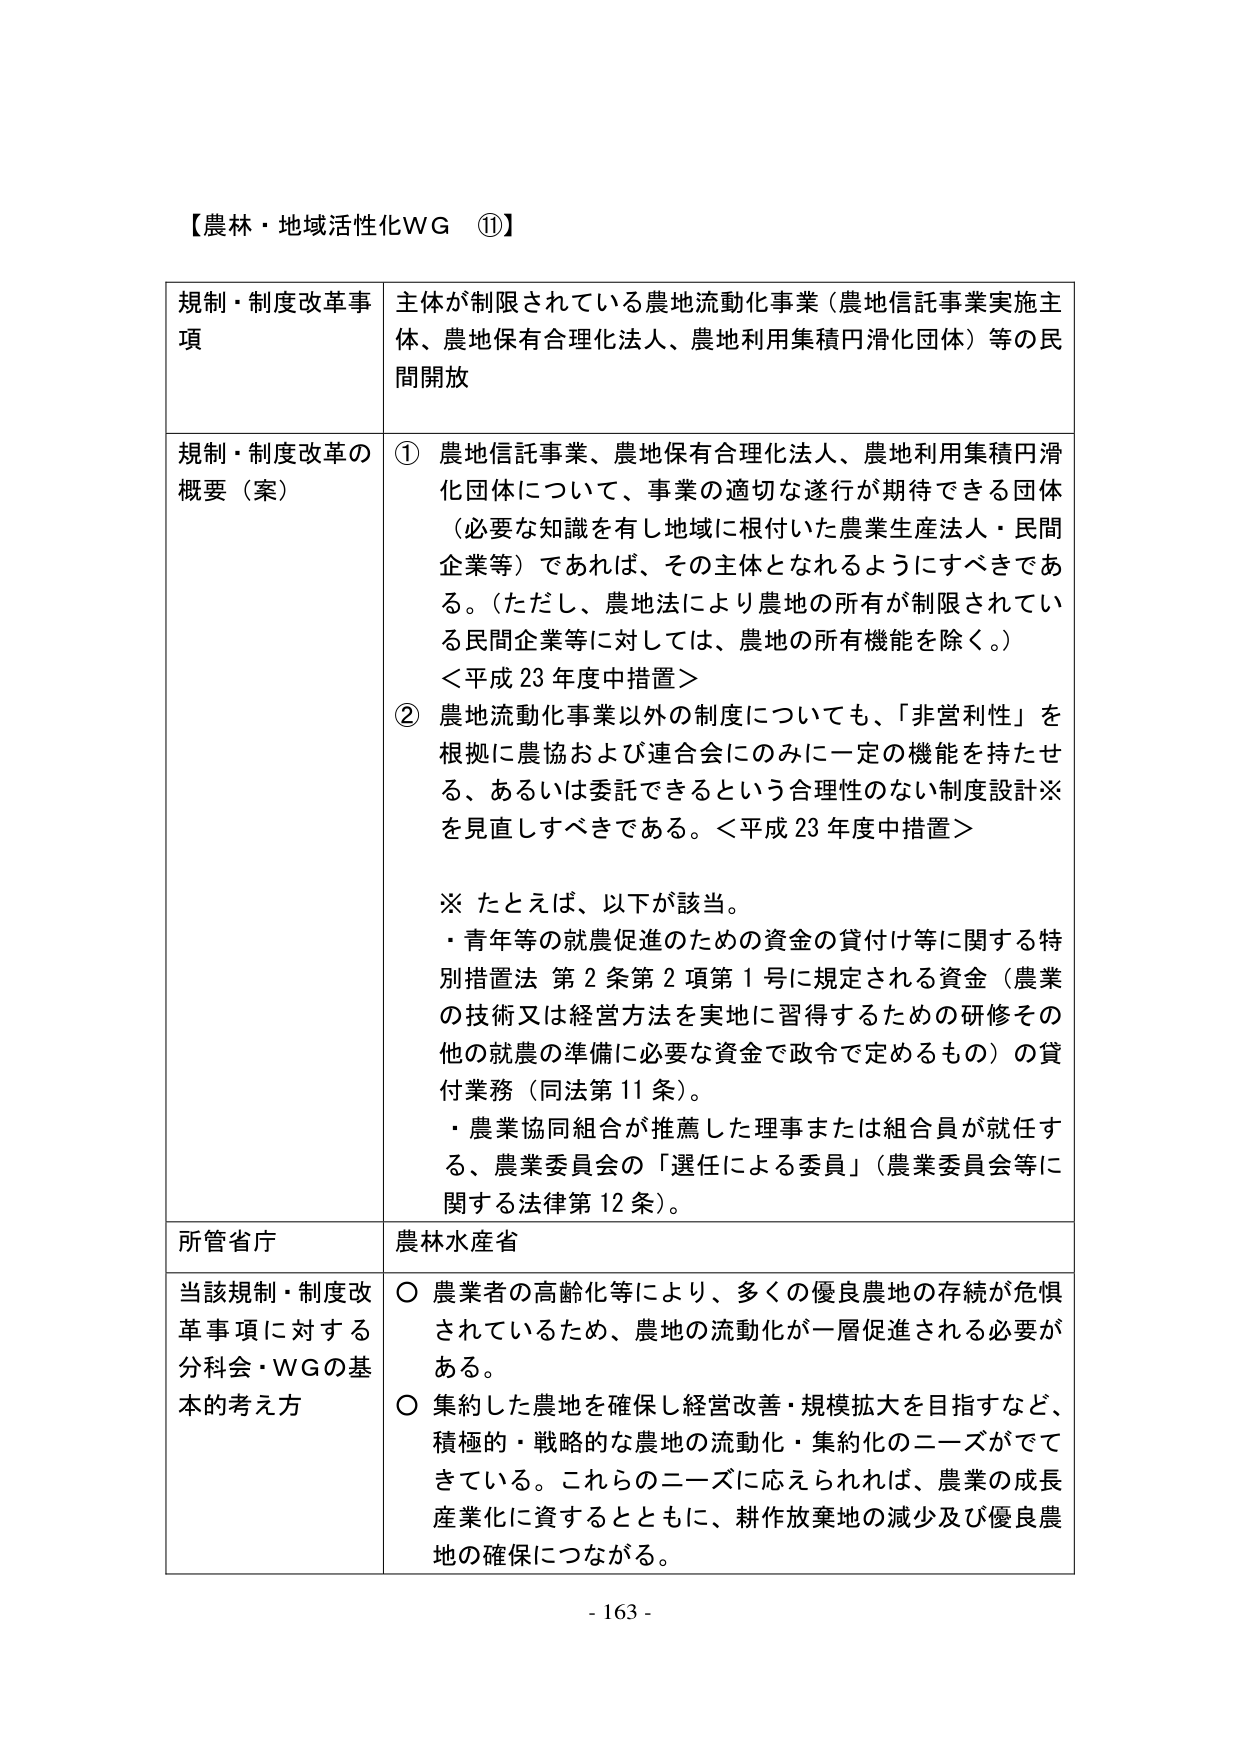
【農林・地域活性化WG ⑪】

規制・制度改革事項　主体が制限されている農地流動化事業（農地信託事業実施主体、農地保有合理化法人、農地利用集積円滑化団体）等の民間開放

規制・制度改革の概要（案）　① 農地信託事業、農地保有合理化法人、農地利用集積円滑化団体について、事業の適切な遂行が期待できる団体（必要な知識を有し地域に根付いた農業生産法人・民間企業等）であれば、その主体となれるようにすべきである。（ただし、農地法により農地の所有が制限されている民間企業等に対しては、農地の所有機能を除く。）＜平成23年度中措置＞
② 農地流動化事業以外の制度についても、「非営利性」を根拠に農協および連合会にのみに一定の機能を持たせる、あるいは委託できるという合理性のない制度設計※を見直すべきである。＜平成23年度中措置＞
※ たとえば、以下が該当。
・青年等の就農促進のための資金の貸付け等に関する特別措置法 第2条第2項第1号に規定される資金（農業の技術又は経営方法を実地に習得するための研修その他の就農の準備に必要な資金で政令で定めるもの）の貸付業務（同法第11条）。
・農業協同組合が推薦した理事または組合員が就任する、農業委員会の「選任による委員」（農業委員会等に関する法律第12条）。

所管省庁　農林水産省

当該規制・制度改革事項に対する分科会・WGの基本的考え方　○ 農業者の高齢化等により、多くの優良農地の存続が危惧されているため、農地の流動化が一層促進される必要がある。
○ 集約した農地を確保し経営改善・規模拡大を目指すなど、積極的・戦略的な農地の流動化・集約化のニーズがでてきている。これらのニーズに応えられれば、農業の成長産業化に資するとともに、耕作放棄地の減少及び優良農地の確保につながる。

- 163 -